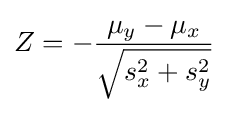
Z=-{\frac {\mu _{y}-\mu _{x}}{\sqrt {s_{x}^{2}+s_{y}^{2}}}}